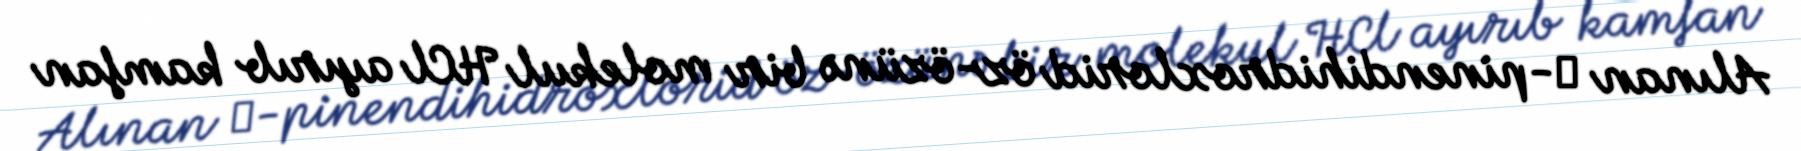
Alınan α-pinendihidroxlorid öz-özünə bir molekul HCl ayırıb kamfan